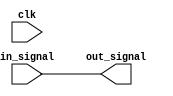
module DelayBlock (
    input wire clk,              // Clock signal for sequential behavior
    input wire [N-1:0] in_signal, // Input signal (N bits wide)
    output reg [N-1:0] out_signal // Delayed output signal (N bits wide)
);
    parameter N = 8;             // Width of the input/output signals
    parameter DELAY = 10;        // Constant delay in time units

    // Combinatorial delay implementation
    always @(in_signal) begin
        // Triggered on any change of input signal
        #DELAY out_signal = in_signal; // Delay the output assignment
    end

    // Optional: Sequential logic delay implementation
    /*
    always @(posedge clk) begin
        #DELAY out_signal <= in_signal; // Delay output on clock edge
    end
    */

endmodule